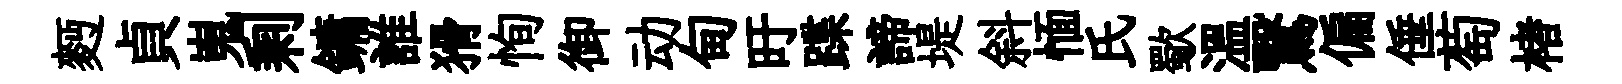
麪貞嵬剩鏞誰猾恂御动甸旴蹀諦堤斜愐氏歜溫鷖偏倕萄楮